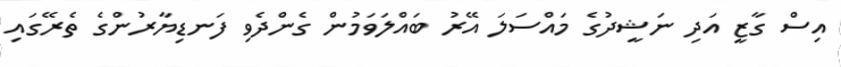
އިސް ގާޒީ އަދި ނަޝީދުގެ މައްސަލަ އޭރު ބައްލަވަމުން ގެންދެވި ފަނޑިޔާރުންގެ ތެރޭގައި